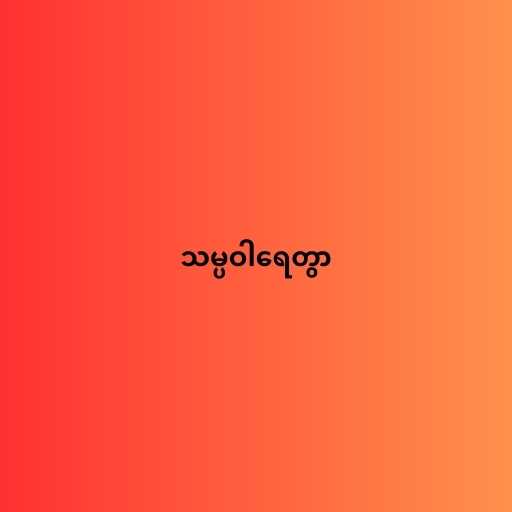
သမ္ပဝါရေတွာ